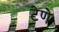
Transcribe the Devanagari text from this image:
टेणे